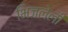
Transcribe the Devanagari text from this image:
भिजलेली